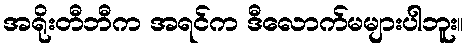
အရိုးတီဘီက အရင်က ဒီလောက်မများပါဘူး။